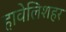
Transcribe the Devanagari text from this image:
हावेलिशहर